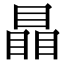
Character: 瞐